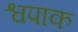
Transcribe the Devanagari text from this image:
श्वपाक